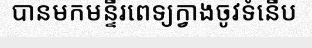
បានមកមន្ទីរពេទ្យក្វាងចូវទំនើប